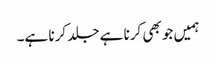
ہمیں جو بھی کرنا ہے جلد کرنا ہے۔